Burma Government Medical School reports 1907-22
Year: 1907
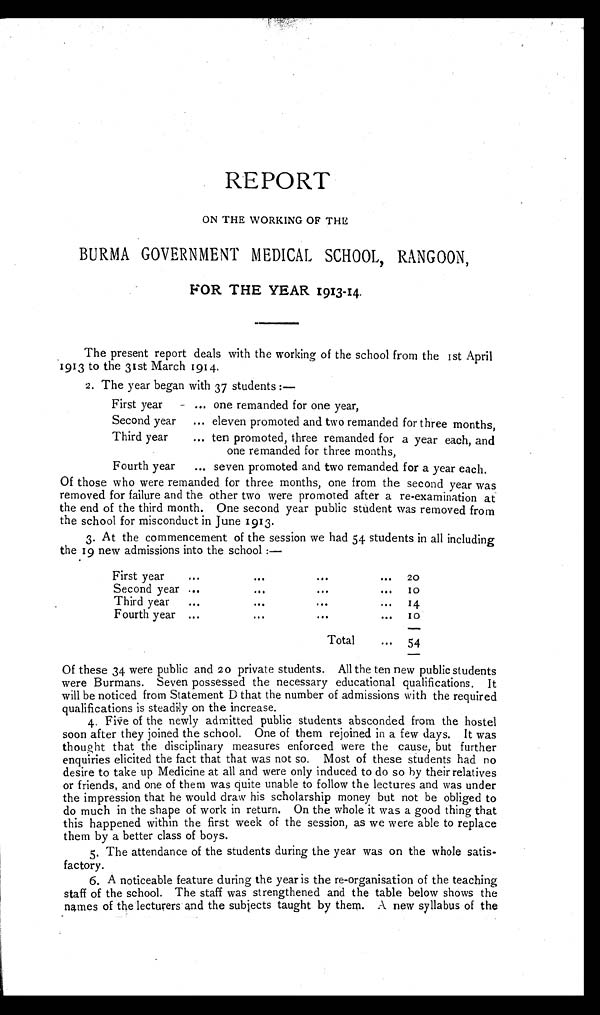
REPORT
ON THE WORKING OF THE
BURMA GOVERNMENT MEDICAL SCHOOL, RANGOON,
FOR THE YEAR 1913-14.
The present report deals with the working of the school from the 1st April
1913 to the 31st March 1914.
2. The year began with 37 students :
—
First year
... one remanded for one year,
Second year ... eleven promoted and two remanded for three months,
Third year
... ten promoted, three remanded for a year each, and
one remanded for three months,
Fourth year
... seven promoted and two remanded for a year each.
Of those who were remanded for three months, one from the second year was
removed for failure and the other two were promoted after a re-examination at
the end of the third month. One second year public student was removed from
the school for misconduct in June 1913.
3. At the commencement of the session we had 54 students in all including
the 19 new admissions into the school :—
First year
...
...
...
...
20
Second year ...
...
...
...
10
Third year
...
...
...
...
14
Fourth year
...
...
...
...
1 0
Total
...
5 4
Of these 34 were public and 20 private students. All the ten new public students
were Burmans. Seven possessed the necessary educational qualifications. It
will be noticed from Statement D that the number of admissions with the required
qualifications is steadily on the increase.
4. Five of the newly admitted public students absconded from the hostel
soon after they joined the school. One of them rejoined in a few days. It was
thought that the disciplinary measures enforced were the cause, but further
enquiries elicited the fact that that was not so. Most of these students had no
desire to take up Medicine at all and were only induced to do so by their relatives
or friends, and one of them was quite unable to follow the lectures and was under
the impression that he would draw his scholarship money but not be obliged to
do much in the shape of work in return. On the whole it was a good thing that
this happened within the first week of the session, as we were able to replace
them by a better class of boys.
5. The attendance of the students during the year was on the whole satis-
factory.
6. A noticeable feature during the year is the re-organisation of the teaching
staff of the school. The staff was strengthened and the table below shows the
names of the lecturers and the subjects taught by them. A new syllabus of the